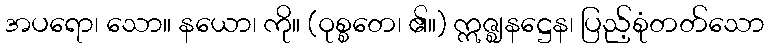
အပရော၊ သော။ နယော၊ ကို။ (ဝုစ္စတေ၊ ၏။) ဣဇ္ဈနဋ္ဌေန၊ ပြည့်စုံတတ်သော